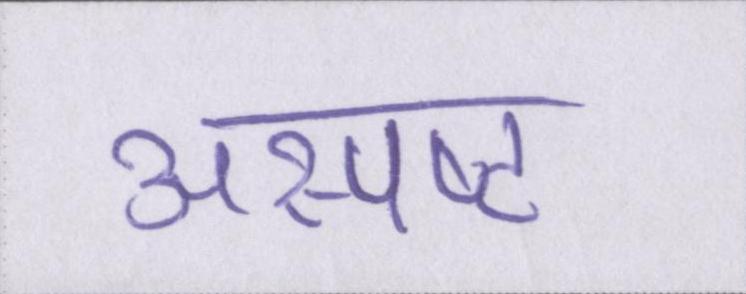
अस्पष्ट